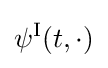
\psi ^{\text{I}}(t,\cdot )